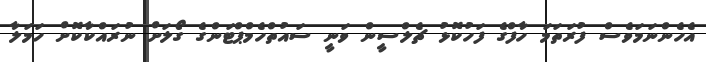
އެހެންނަމަވެސް ފުރަތަމަ ހާފްގެ ފަހުކޮޅު ޗެލްސީން ވަނީ ސައުތްހެމްޕްޓަންގެ ގޯލަށް ނުރައްކާކޮށް ހަމަލާ